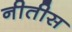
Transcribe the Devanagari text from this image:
नीतीस